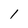
Character: l